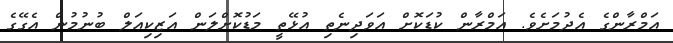
އަމްރާންގެ އެދުމަށެވެ. އަމްރާން ކުޑަކޮށް އަވަދިނެތި އުޅޭތީ މަޑުކޮށްލަން އަޒިކިއަލް ބުނުމުން އެގޭގެ